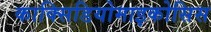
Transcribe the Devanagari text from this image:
काक्सिडियोमाइकोसिस